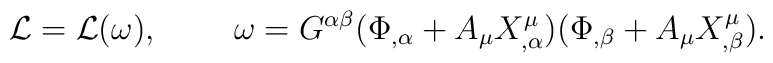
{\cal L} = {\cal L} (\omega) ,\;\;\;\;\;\;\;\;  \omega =G^{\alpha\beta} (\Phi_{,\alpha} +A_{\mu} X^{\mu}_{,\alpha}) (\Phi_{,\beta} + A_{\mu}X^{\mu}_{,\beta}).